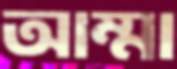
আম্মা